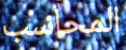
المحاسب